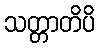
သတ္တာတိပိ